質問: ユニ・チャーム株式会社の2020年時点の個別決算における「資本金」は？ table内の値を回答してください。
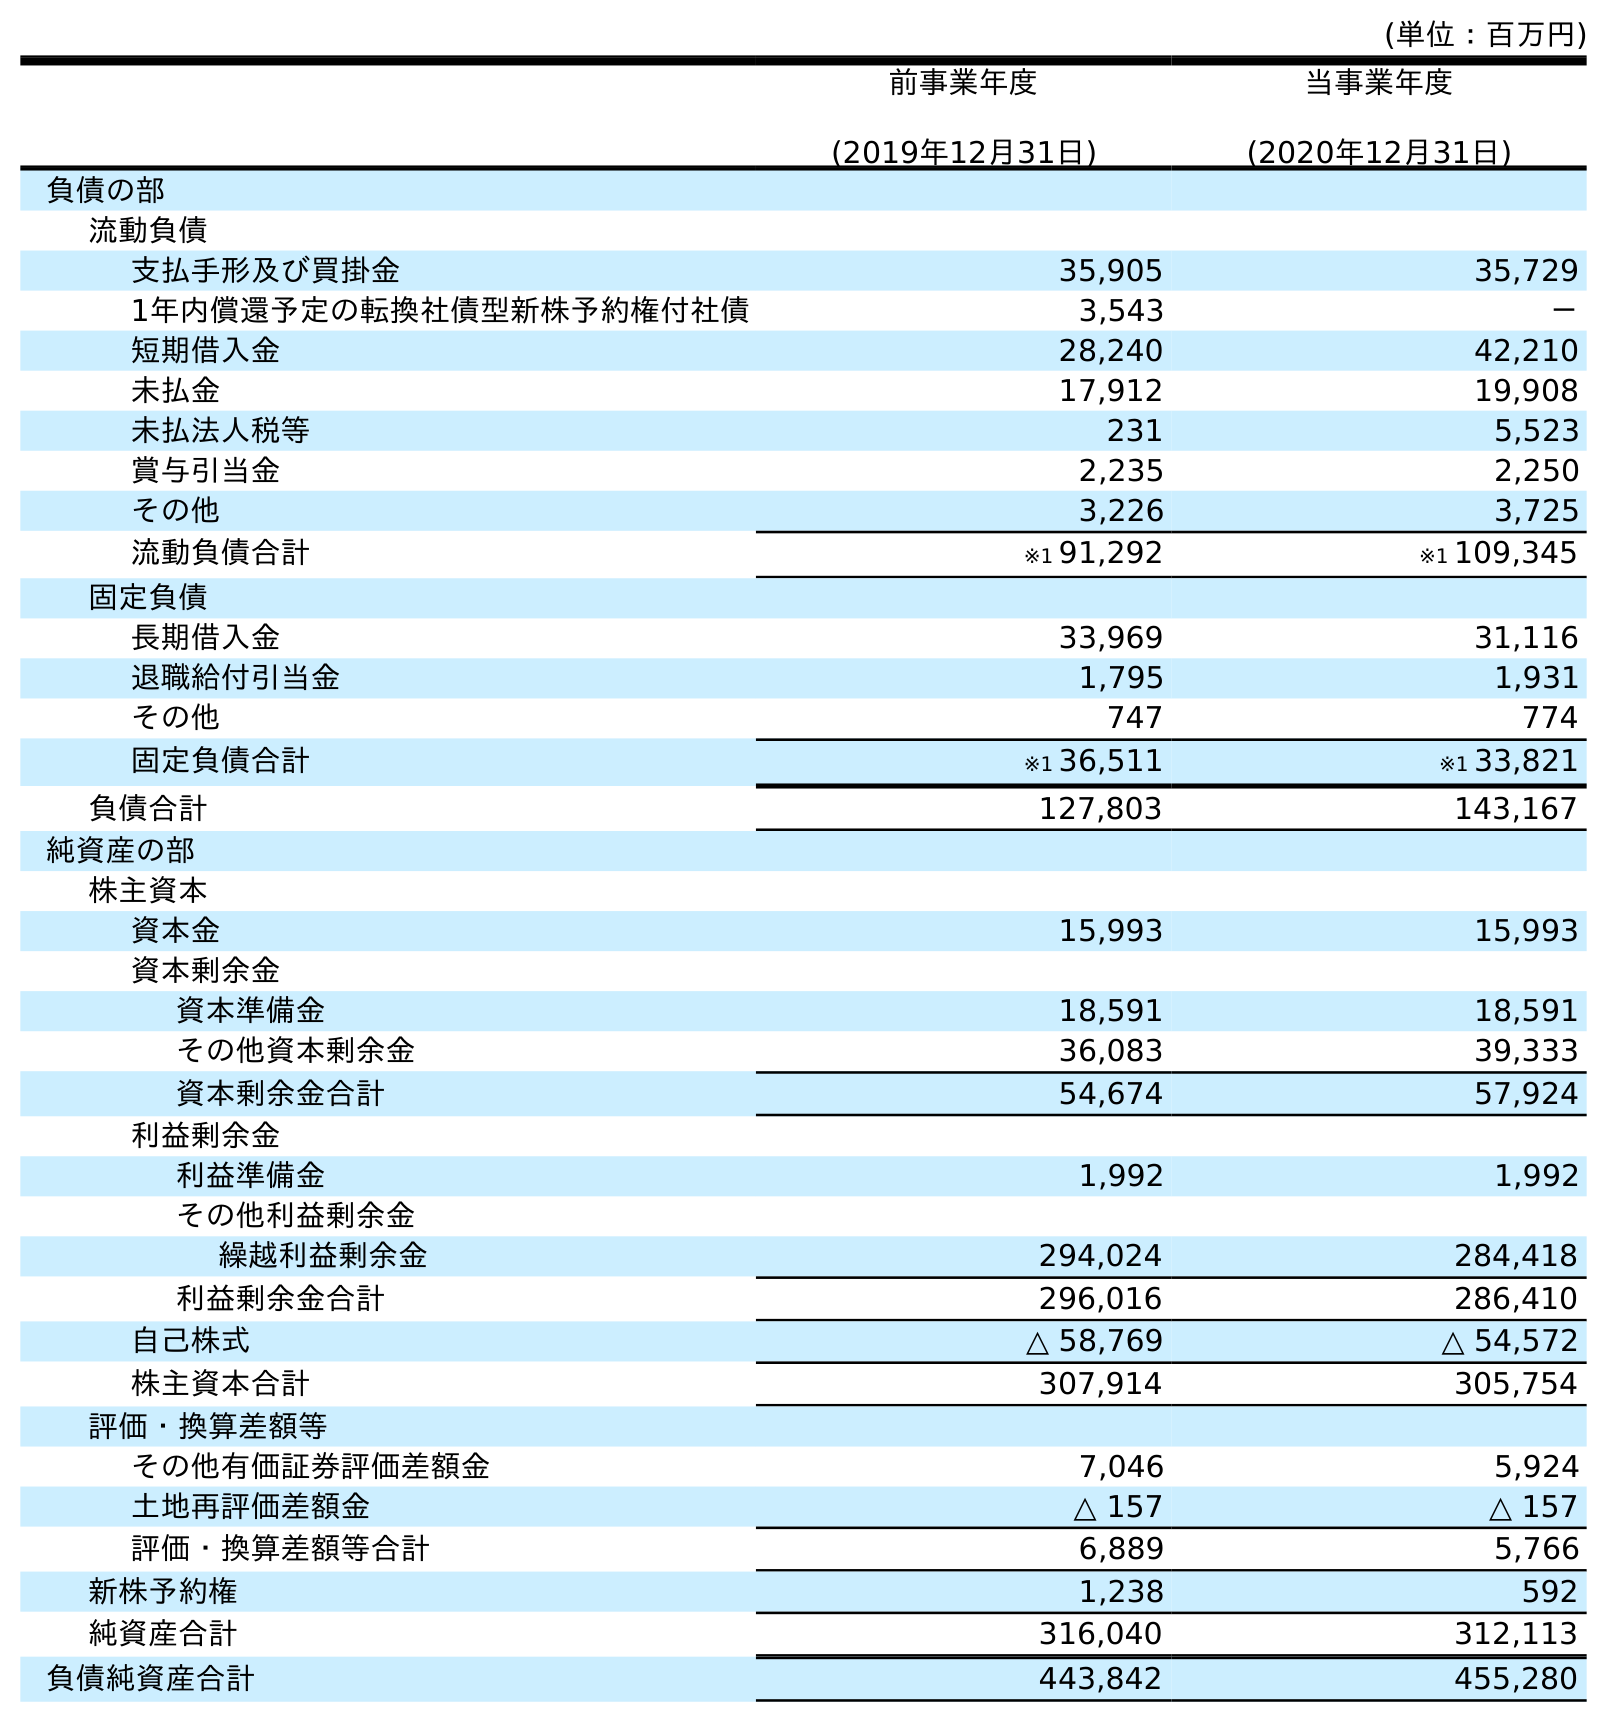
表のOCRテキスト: (単位：百万円) 前事業年度 (2019年12月31日) 当事業年度 (2020年12月31日) 負債の部 流動負債 支払手形及び買掛金 35,905 35,729 1年内償還予定の転換社債型新株予約権付社債 3,543 － 短期借入金 28,240 42,210 未払金 17,912 19,908 未払法人税等 231 5,523 賞与引当金 2,235 2,250 その他 3,226 3,725 流動負債合計 ※1 91,292 ※1 109,345 固定負債 長期借入金 33,969 31,116 退職給付引当金 1,795 1,931 その他 747 774 固定負債合計 ※1 36,511 ※1 33,821 負債合計 127,803 143,167 純資産の部 株主資本 資本金 15,993 15,993 資本剰余金 資本準備金 18,591 18,591 その他資本剰余金 36,083 39,333 資本剰余金合計 54,674 57,924 利益剰余金 利益準備金 1,992 1,992 その他利益剰余金 繰越利益剰余金 294,024 284,418 利益剰余金合計 296,016 286,410 自己株式 △ 58,769 △ 54,572 株主資本合計 307,914 305,754 評価・換算差額等 その他有価証券評価差額金 7,046 5,924 土地再評価差額金 △ 157 △ 157 評価・換算差額等合計 6,889 5,766 新株予約権 1,238 592 純資産合計 316,040 312,113 負債純資産合計 443,842 455,280
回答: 15,993